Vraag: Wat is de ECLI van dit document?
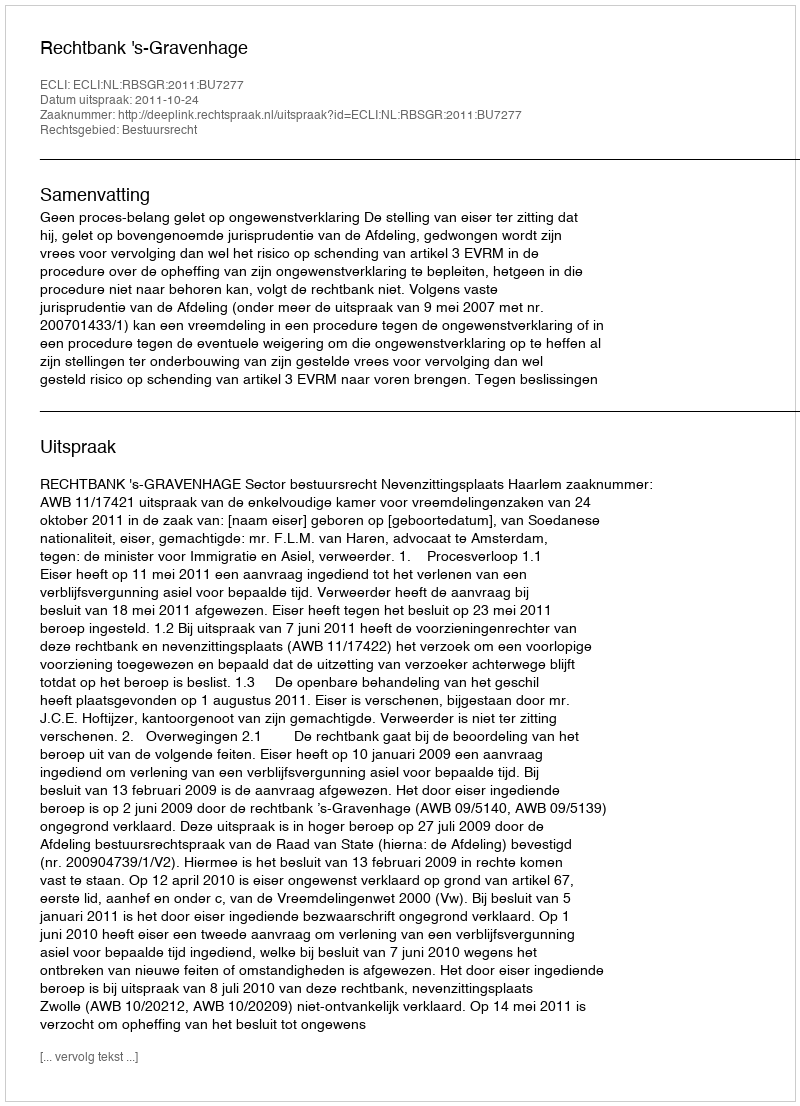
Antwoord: ECLI:NL:RBSGR:2011:BU7277